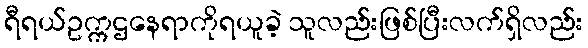
ရီရယ်ဥက္ကဌနေရာကိုရယူခဲ့ သူလည်းဖြစ်ပြီးလက်ရှိလည်း